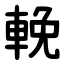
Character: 輓